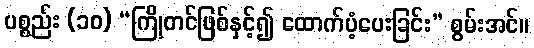
ပစ္စည်း (၁၀) “ကြိုတင်ဖြစ်နှင့်၍ ထောက်ပံ့ပေးခြင်း” စွမ်းအင်။